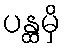
ပန္ထမှိ